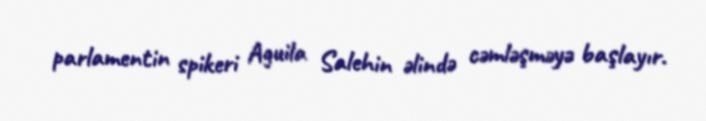
parlamentin spikeri Aguila Salehin əlində cəmləşməyə başlayır.